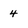
Character: 4